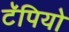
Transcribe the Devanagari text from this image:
टॅपियो